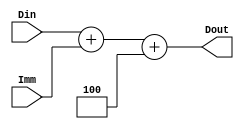
module Adder4_Imm(
	 output reg [31:0] Dout,
	 input [31:0] Din, Imm
    );
	 
	 always @(*) begin
	 Dout = Din + Imm +4 ;
	 end


endmodule